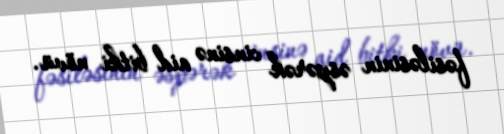
fəsiləsinin əspərək cinsinə aid bitki növü.